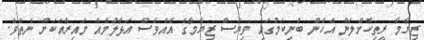
ޒިޔާމާ ރީތިކޮށްލަން އެހެން ބުނިކަމުގައި ވިޔަސް ޒިޔާމާގެ އެއްވެސް އަޅާލުމެއް މައިރާއަކަށް ނެތެވެ.